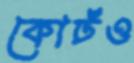
কোর্টও